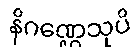
နိဂဏ္ဌေသုပိ